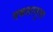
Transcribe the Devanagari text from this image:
वकसानुमा